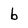
Character: b